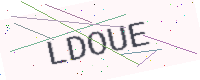
Text: LDOUE